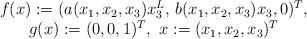
LaTeX: \begin{align*}\begin{array}{c}f(x):=(a(x_1,x_2,x_3)x_3^L,\,b(x_1,x_2,x_3)x_3,0)^T,\\g(x):=(0,0,1)^T,\,\,x:=(x_1,x_2,x_3)^T\end{array}\end{align*}